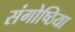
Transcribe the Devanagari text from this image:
संगोष्ठिया